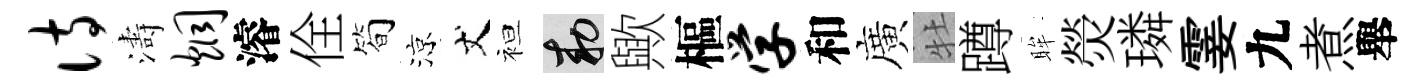
诗濤炯濬佺简涼丈袒敕歟樞学和廣牡蹲眸熒璘霎九煮舉